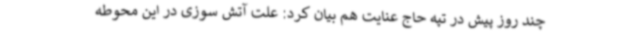
چند روز پیش در تپه حاج عنایت هم بیان کرد: علت آتش سوزی در این محوطه